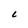
Character: C